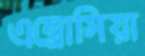
এম্ব্রোসিয়া